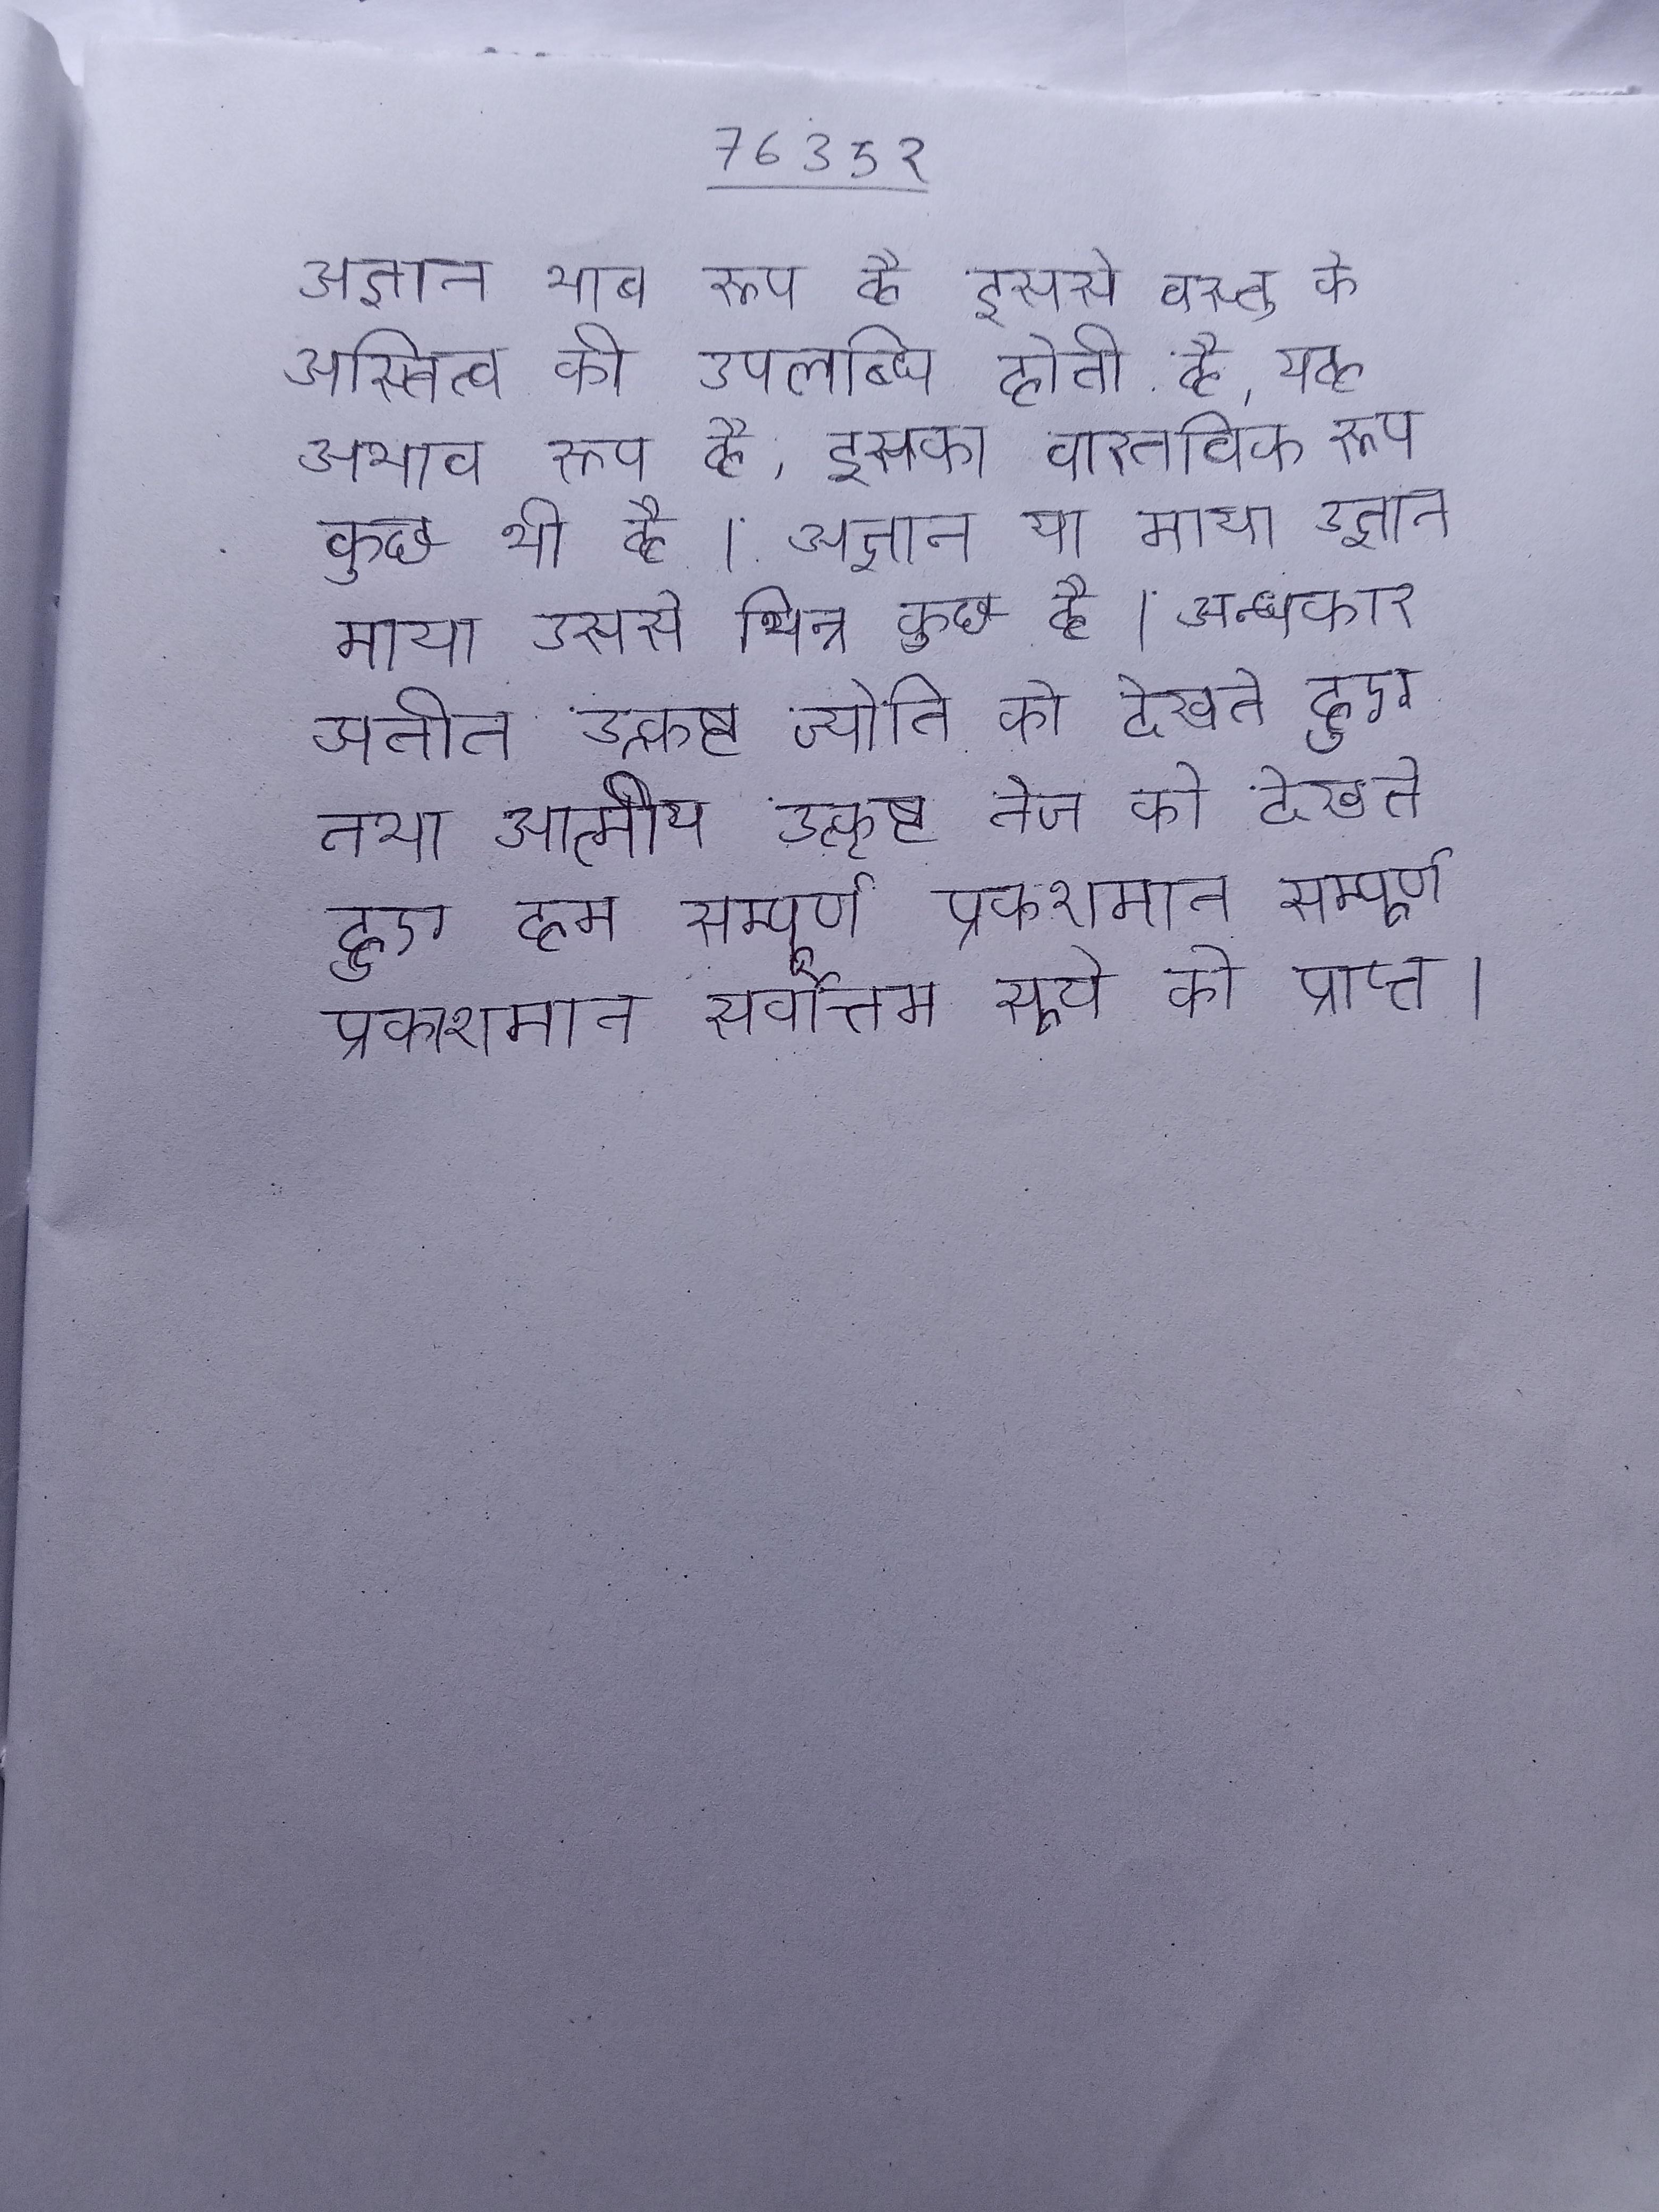
अज्ञान भाव रूप है इससे वस्तु के अस्तित्व की उपलब्धि होती है, यह अभाव रूप है, इसका वास्तविक रूप कुछ भी है । अज्ञान या माया उससे भिन्न कुछ है । अन्धकार से अतीत उत्कृष्ट ज्योति को देखते हुए तथा आत्मीय उत्कृष्ट तेज को देखते हुए हम सम्पूर्ण प्रकाशमान सर्वोत्तम सूर्य को प्राप्त ।